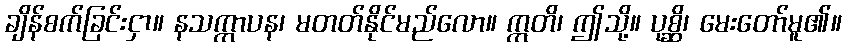
ချိန်စက်ခြင်းငှာ။ နသက္ကာပန၊ မတတ်နိုင်မည်လော။ ဣတိ၊ ဤသို့။ ပုစ္ဆိ၊ မေးတော်မူ၏။